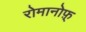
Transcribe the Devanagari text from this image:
रोमानोफ़्